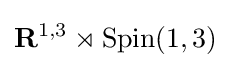
\mathbf {R} ^{1,3}\rtimes \operatorname {Spin} (1,3)